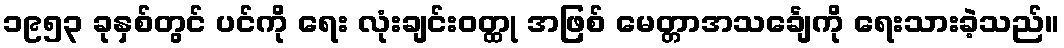
၁၉၅၃ ခုနှစ်တွင် ပင်ကို ရေး လုံးချင်းဝတ္ထု အဖြစ် မေတ္တာအသင်္ချေကို ရေးသားခဲ့သည်။